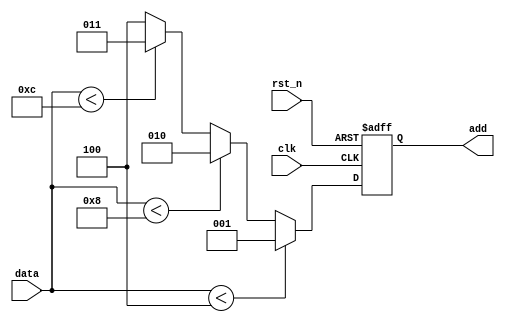
`timescale 1ns / 1ps

module ifelse(
    input clk,
    input rst_n,

    input [3:0] data,

    output reg[2:0] add
    );

always @ (posedge clk or negedge rst_n) begin
    if (!rst_n)
        add <= 3'd0;
    else
        if (data < 4)
            add <= 1;
        else if (data < 8)
            add <= 2;
        else if (data < 12)
            add <= 3;
        else
            add <=4;
end
endmodule